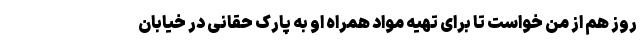
روز هم از من خواست تا برای تهیه مواد همراه او به پارک حقانی در خیابان